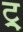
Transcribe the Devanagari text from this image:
ट्र्